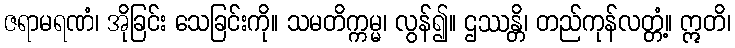
ဇရာမရဏံ၊ အိုခြင်း သေခြင်းကို။ သမတိက္ကမ္မ၊ လွန်၍။ ဌဿန္တိ၊ တည်ကုန်လတ္တံ့။ ဣတိ၊